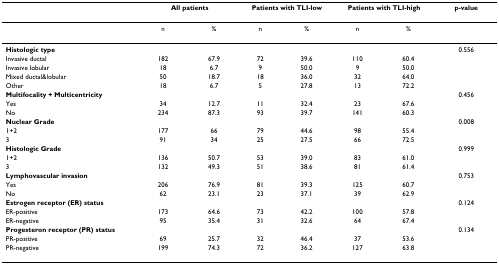
<table><thead><tr><td></td><td colspan="2"><b>All patients</b></td><td colspan="2"><b>Patients with TLI-low</b></td><td colspan="2"><b>Patients with TLI-high</b></td><td><b>p-value</b></td></tr></thead><tbody><tr><td></td><td>n</td><td>%</td><td>n</td><td>%</td><td>n</td><td>%</td><td></td></tr><tr><td><b>Histologic type</b></td><td></td><td></td><td></td><td></td><td></td><td></td><td>0.556</td></tr><tr><td>Invasive ductal</td><td>182</td><td>67.9</td><td>72</td><td>39.6</td><td>110</td><td>60.4</td><td></td></tr><tr><td>Invasive lobular</td><td>18</td><td>6.7</td><td>9</td><td>50.0</td><td>9</td><td>50.0</td><td></td></tr><tr><td>Mixed ductal&amp;lobular</td><td>50</td><td>18.7</td><td>18</td><td>36.0</td><td>32</td><td>64.0</td><td></td></tr><tr><td>Other</td><td>18</td><td>6.7</td><td>5</td><td>27.8</td><td>13</td><td>72.2</td><td></td></tr><tr><td><b>Multifocality + Multicentricity</b></td><td></td><td></td><td></td><td></td><td></td><td></td><td>0.456</td></tr><tr><td>Yes</td><td>34</td><td>12.7</td><td>11</td><td>32.4</td><td>23</td><td>67.6</td><td></td></tr><tr><td>No</td><td>234</td><td>87.3</td><td>93</td><td>39.7</td><td>141</td><td>60.3</td><td></td></tr><tr><td><b>Nuclear Grade</b></td><td></td><td></td><td></td><td></td><td></td><td></td><td>0.008</td></tr><tr><td>1+2</td><td>177</td><td>66</td><td>79</td><td>44.6</td><td>98</td><td>55.4</td><td></td></tr><tr><td>3</td><td>91</td><td>34</td><td>25</td><td>27.5</td><td>66</td><td>72.5</td><td></td></tr><tr><td><b>Histologic Grade</b></td><td></td><td></td><td></td><td></td><td></td><td></td><td>0.999</td></tr><tr><td>1+2</td><td>136</td><td>50.7</td><td>53</td><td>39.0</td><td>83</td><td>61.0</td><td></td></tr><tr><td>3</td><td>132</td><td>49.3</td><td>51</td><td>38.6</td><td>81</td><td>61.4</td><td></td></tr><tr><td><b>Lymphovascular invasion</b></td><td></td><td></td><td></td><td></td><td></td><td></td><td>0.753</td></tr><tr><td>Yes</td><td>206</td><td>76.9</td><td>81</td><td>39.3</td><td>125</td><td>60.7</td><td></td></tr><tr><td>No</td><td>62</td><td>23.1</td><td>23</td><td>37.1</td><td>39</td><td>62.9</td><td></td></tr><tr><td><b>Estrogen receptor (ER) status</b></td><td></td><td></td><td></td><td></td><td></td><td></td><td>0.124</td></tr><tr><td>ER-positive</td><td>173</td><td>64.6</td><td>73</td><td>42.2</td><td>100</td><td>57.8</td><td></td></tr><tr><td>ER-negative</td><td>95</td><td>35.4</td><td>31</td><td>32.6</td><td>64</td><td>67.4</td><td></td></tr><tr><td><b>Progesteron receptor (PR) status</b></td><td></td><td></td><td></td><td></td><td></td><td></td><td>0.134</td></tr><tr><td>PR-positive</td><td>69</td><td>25.7</td><td>32</td><td>46.4</td><td>37</td><td>53.6</td><td></td></tr><tr><td>PR-negative</td><td>199</td><td>74.3</td><td>72</td><td>36.2</td><td>127</td><td>63.8</td><td></td></tr></tbody></table>